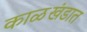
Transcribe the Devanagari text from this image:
काळखंडात